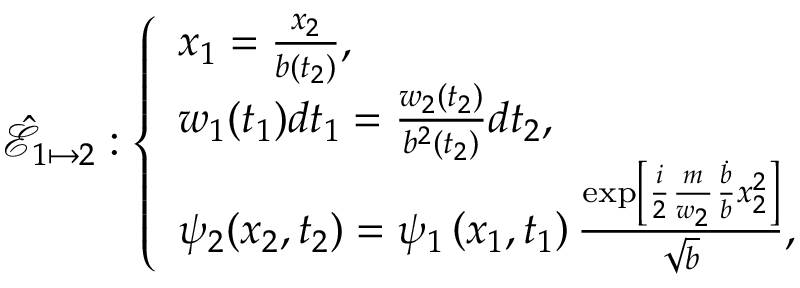
\hat { \mathcal { E } } _ { 1 \mapsto 2 } : \left\{ \begin{array} { l l } { x _ { 1 } = \frac { x _ { 2 } } { b ( t _ { 2 } ) } , } \\ { w _ { 1 } ( t _ { 1 } ) d t _ { 1 } = \frac { w _ { 2 } ( t _ { 2 } ) } { b ^ { 2 } ( t _ { 2 } ) } d t _ { 2 } , } \\ { \psi _ { 2 } ( x _ { 2 } , t _ { 2 } ) = \psi _ { 1 } \left( x _ { 1 } , t _ { 1 } \right) \frac { \exp \left[ { \frac { i } { 2 } \frac { m } { w _ { 2 } } \frac { \dot { b } } { b } x _ { 2 } ^ { 2 } } \right] } { \sqrt { b } } , } \end{array} \right.